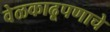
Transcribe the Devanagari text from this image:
वेळकाढूपणाचे